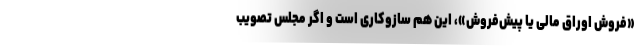
«فروش اوراق مالی یا پیش‌فروش»، این هم سازوکاری است و اگر مجلس تصویب